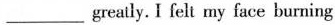
___ greatly. I felt my face burning